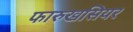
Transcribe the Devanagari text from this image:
फारुखसियर